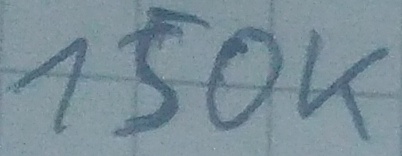
Text: 150K